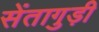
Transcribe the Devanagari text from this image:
सेंतागुड़ी